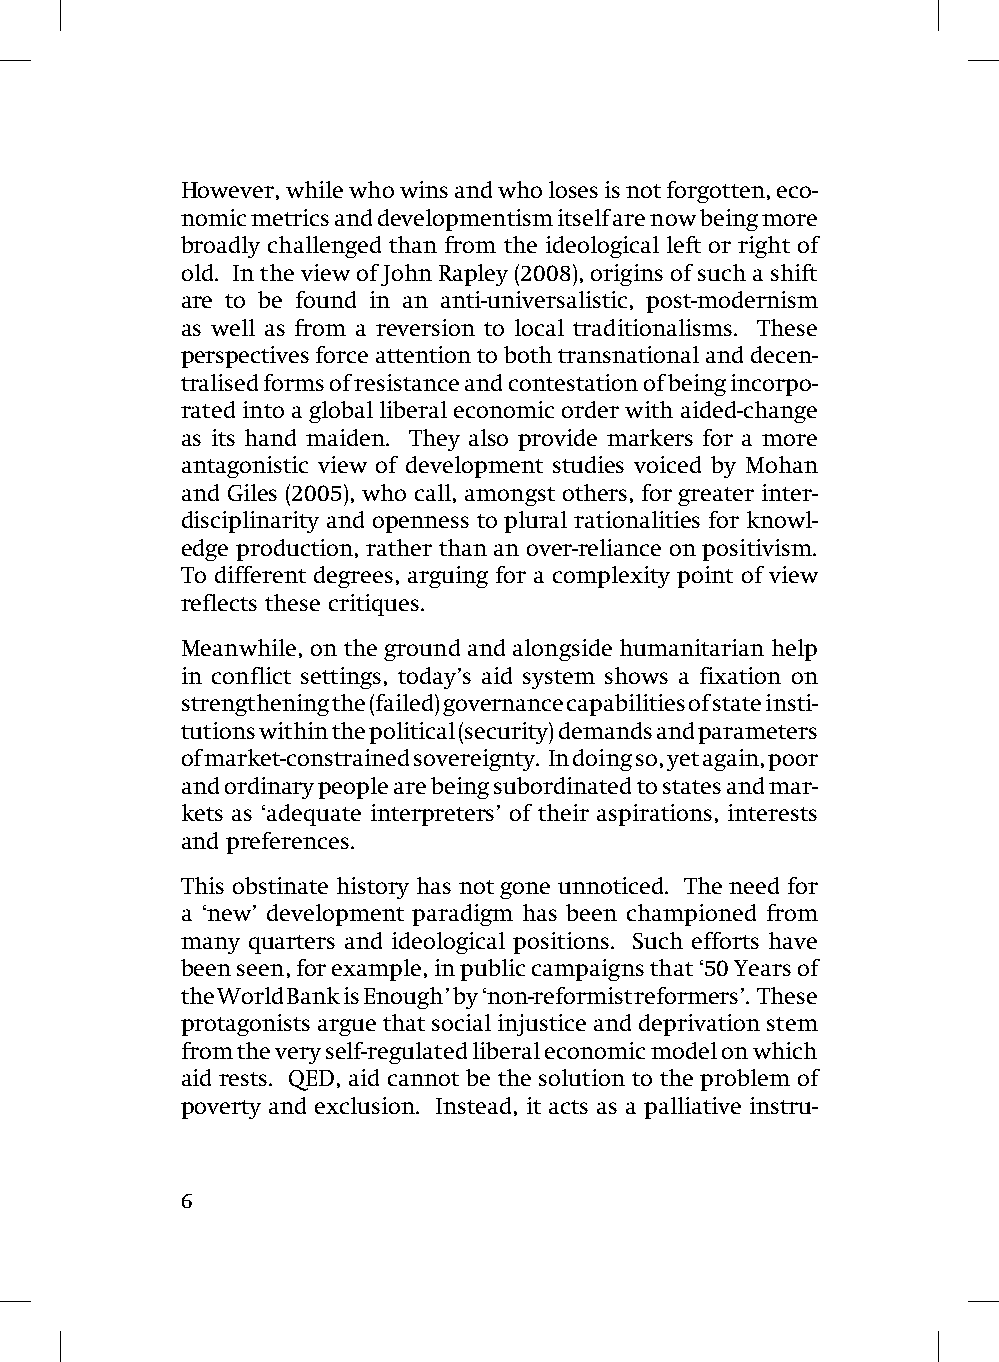
However, while who wins and who loses is not forgotten, eco-
 nomic metrics and developmentism itself are now being more
 broadly challenged than from the ideological left or right of
 old. In the view of John Rapley (2008), origins of such a shift
 are to be found in an anti-universalistic, post-modernism
 as well as from a reversion to local traditionalisms. These
 perspectives force attention to both transnational and decen-
 tralised forms of resistance and contestation of being incorpo-
 rated into a global liberal economic order with aided-change
 as its hand maiden. They also provide markers for a more
 antagonistic view of development studies voiced by Mohan
 and Giles (2005), who call, amongst others, for greater inter-
 disciplinarity and openness to plural rationalities for knowl-
 edge production, rather than an over-reliance on positivism.
 To different degrees, arguing for a complexity point of view
 reflects these critiques.
 Meanwhile, on the ground and alongside humanitarian help
 in conflict settings, today’s aid system shows a fixation on
 strengthening the (failed) governance capabilities of state insti-
 tutions within the political (security) demands and parameters
 of market-constrained sovereignty. In doing so, yet again, poor
 and ordinary people are being subordinated to states and mar-
 kets as ‘adequate interpreters’ of their aspirations, interests
 and preferences.
 This obstinate history has not gone unnoticed. The need for
 a ‘new’ development paradigm has been championed from
 many quarters and ideological positions. Such efforts have
 been seen, for example, in public campaigns that ‘50 Years of
 the World Bank is Enough’ by ‘non-reformist reformers’. These
 protagonists argue that social injustice and deprivation stem
 from the very self-regulated liberal economic model on which
 aid rests. QED, aid cannot be the solution to the problem of
 poverty and exclusion. Instead, it acts as a palliative instru-
 6